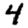
Digit: 4